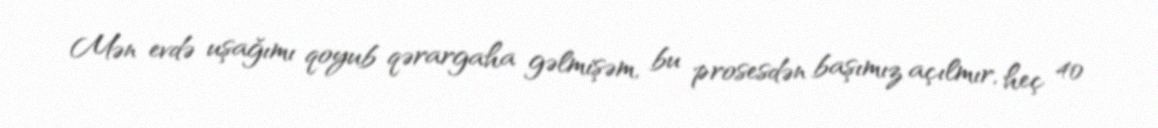
Mən evdə uşağımı qoyub qərargaha gəlmişəm, bu prosesdən başımız açılmır, heç 40